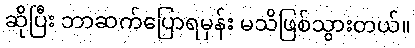
ဆိုပြီး ဘာဆက်ပြောရမှန်း မသိဖြစ်သွားတယ်။